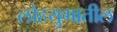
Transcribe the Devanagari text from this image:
लोहयुगातील